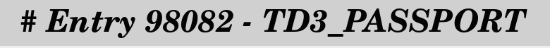
# Entry 98082 - TD3_PASSPORT